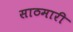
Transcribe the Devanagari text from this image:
साठमारी